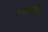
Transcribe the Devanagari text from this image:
तपस्वी।